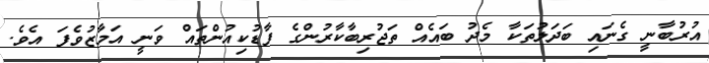
އުރުބާނީ ގެނައި ބަދަލުތަކާ މެދު ބައެއް ތަޖުރިބާކާރުންގެ ފާޑުކިއުންތައް ވަނީ އަމާޒުވެފަ އެވެ.